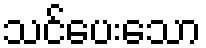
သင်ပေးသော